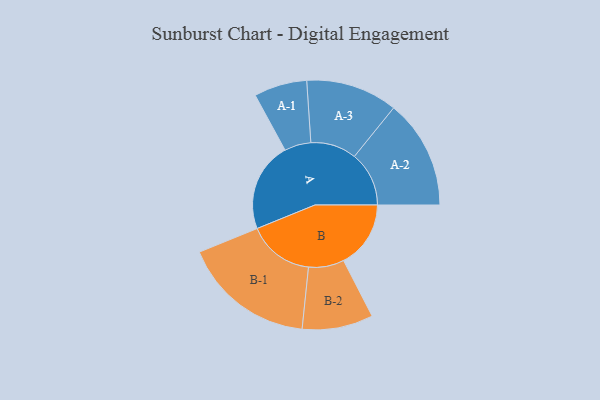
{"axis": {"x": "Segment", "y": "Value"}, "legend": ["", "A", "B"], "data": [{"x": "A", "y": 398, "type": ""}, {"x": "B", "y": 299, "type": ""}, {"x": "A-1", "y": 118, "type": "A"}, {"x": "A-2", "y": 243, "type": "A"}, {"x": "A-3", "y": 204, "type": "A"}, {"x": "B-1", "y": 295, "type": "B"}, {"x": "B-2", "y": 158, "type": "B"}]}